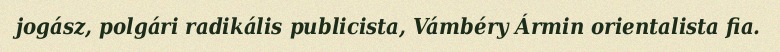
jogász, polgári radikális publicista, Vámbéry Ármin orientalista fia.